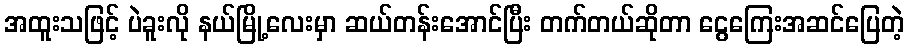
အထူးသဖြင့် ပဲခူးလို နယ်မြို့လေးမှာ ဆယ်တန်းအောင်ပြီး တက်တယ်ဆိုတာ ငွေကြေးအဆင်ပြေတဲ့